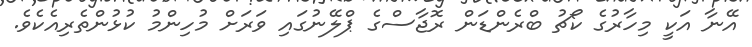
އޭނާ އަކީ މިހާރުގެ ކޯޗު ބްރެންޑަން ރޮޖާސްގެ ޕްލޭނުގައި ވަރަށް މުހިންމު ކުޅުންތެރިއެކެވެ.